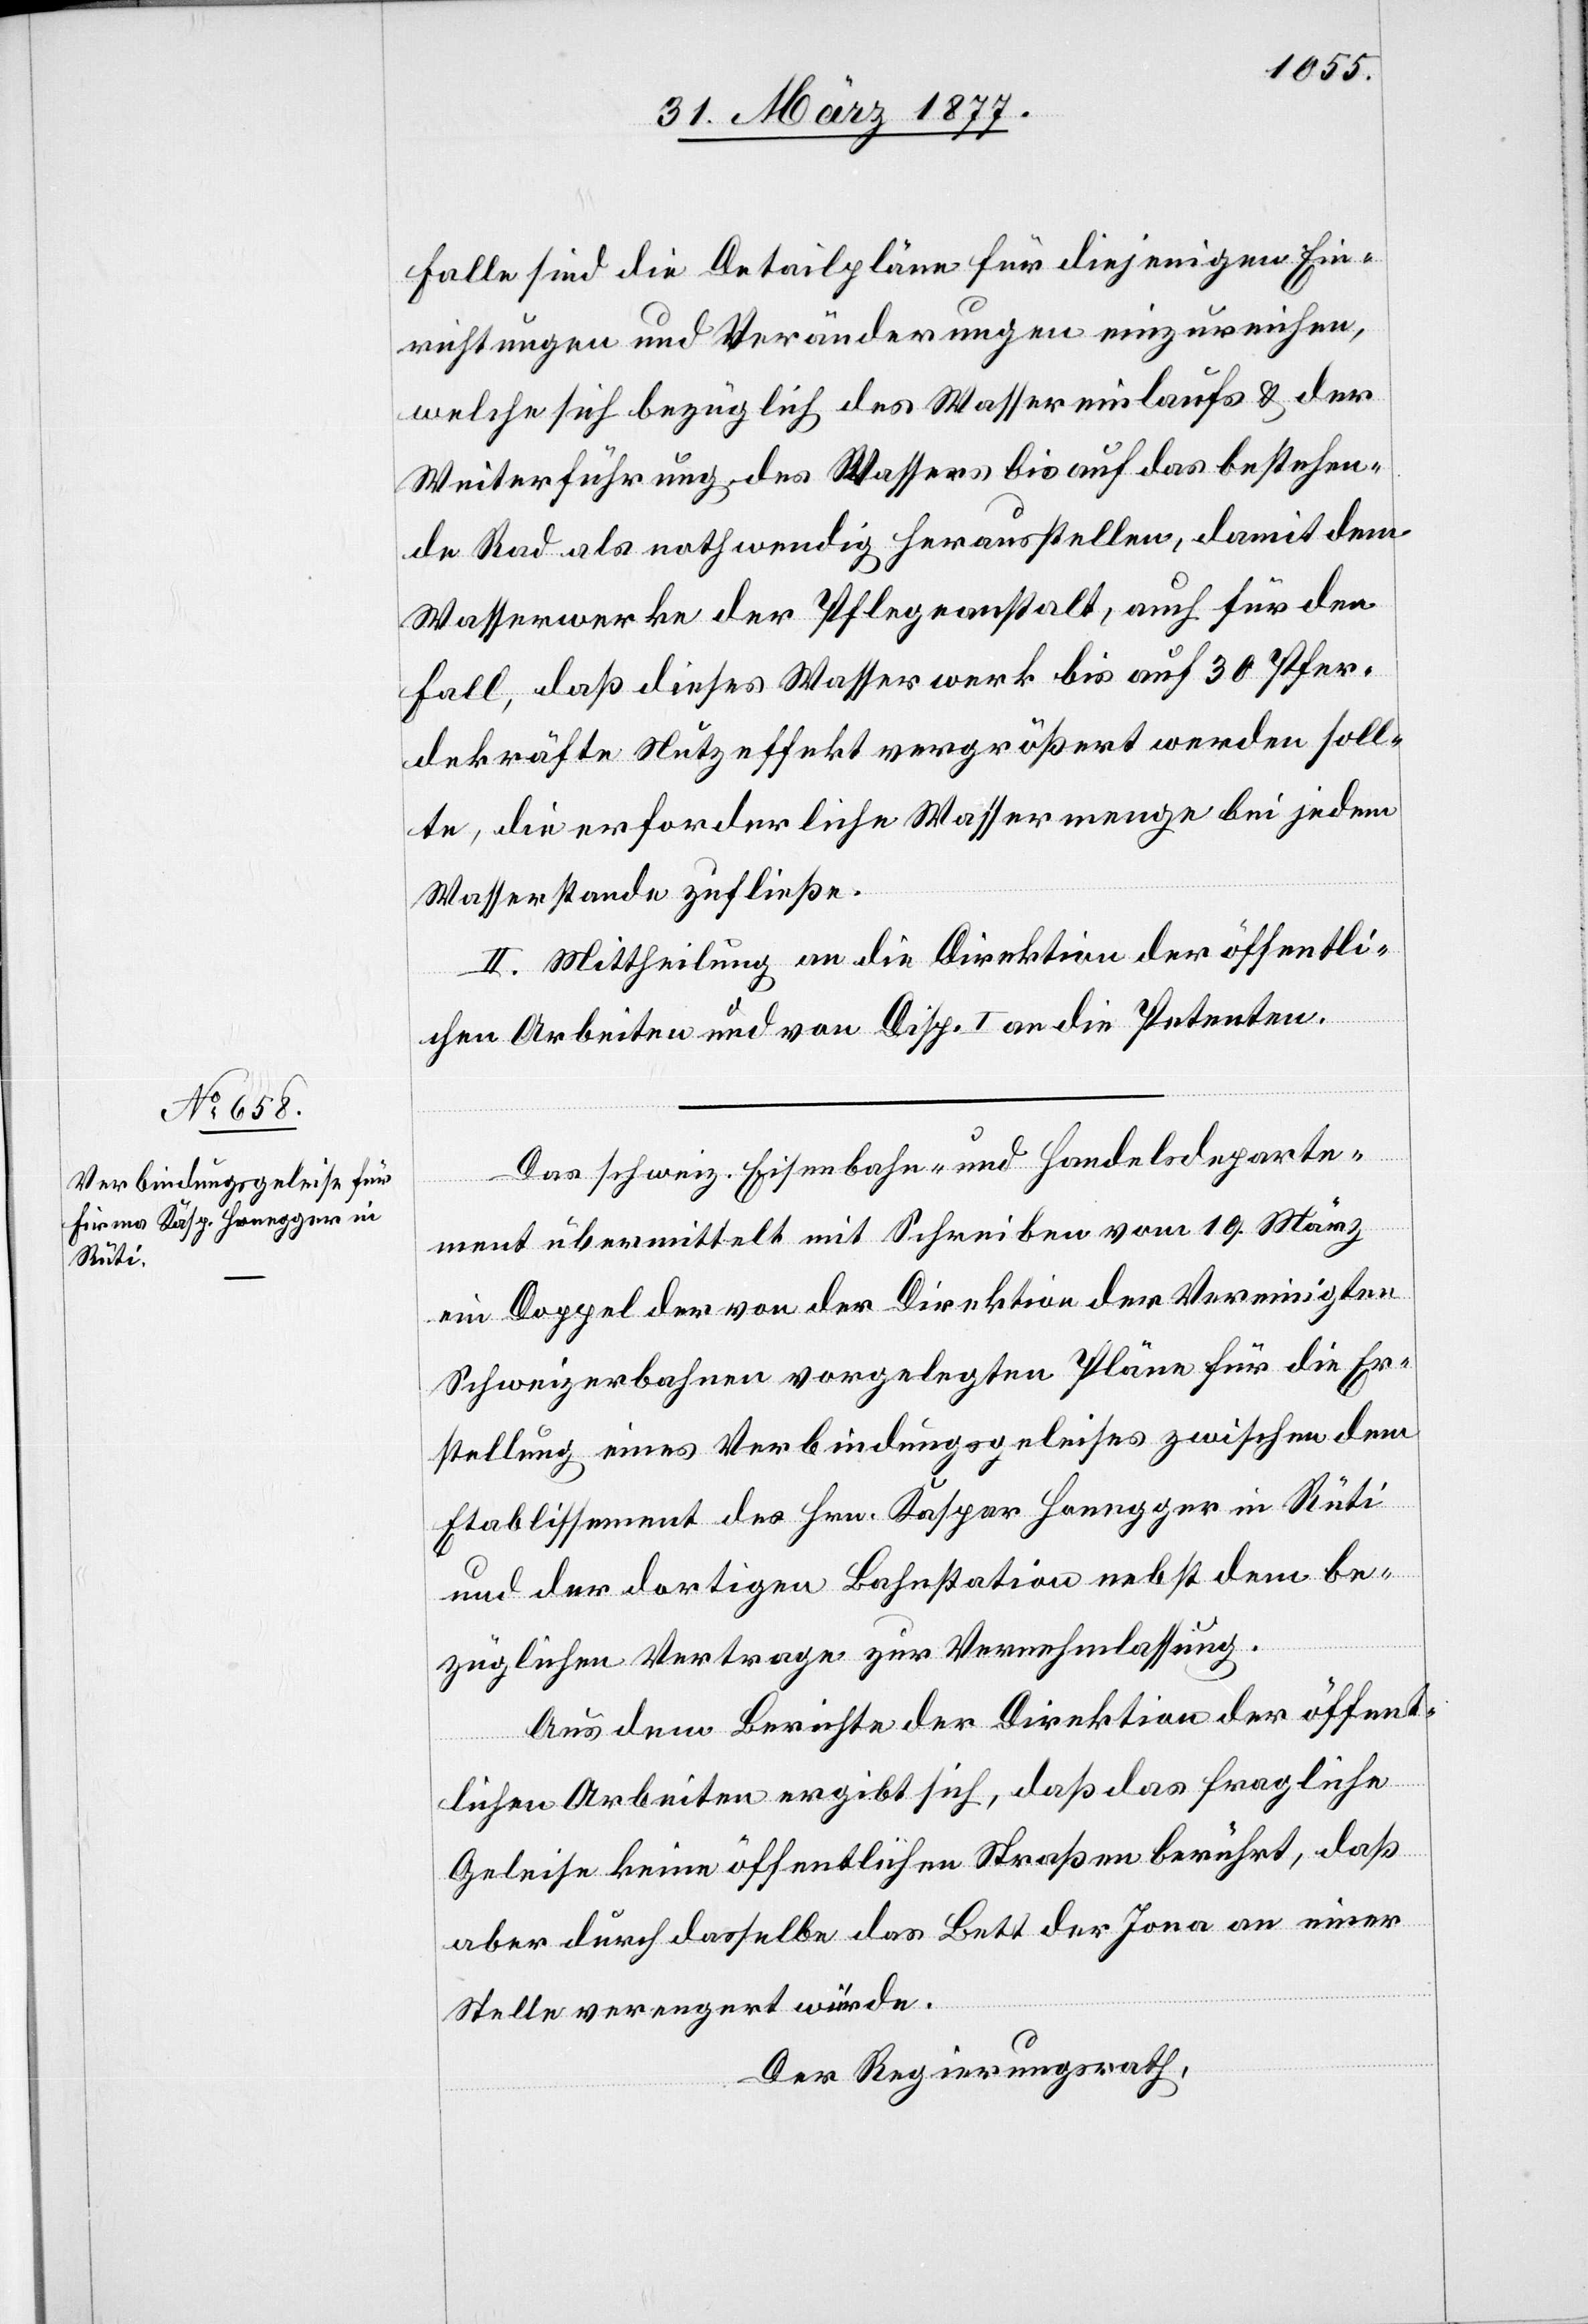
Falle sind die Detailpläne für diejenigen Ein¬
richtungen und Veränderungen einzureichen,
welche sich bezüglich des Wassereinlaufs & der
Weiterführung des Wassers bis auf das bestehen¬
de Rad als nothwenig herausstellen, damit dem
Wasserwerke der Pflegeanstalt, auch für den
Fall, daß dieses Wasserwerk bis auf 30 Pfer¬
dekräfte Nutzeffekt vergrößert werden soll¬
te, die erforderliche Wassermenge bei jedem
Wasserstande zufließe.
II. Mittheilung an die Direktion der öffentli¬
chen Arbeiten und von Disp. I an die Petenten.
Das schweiz. Eisenbahn- und Handelsdeparte¬
ment übermittelt mit Schreiben vom 19. März
ein Doppel der von der Direktion der Vereinigten
Schweizerbahnen vorgelegten Pläne für die Er¬
stellung eines Verbindungsgeleises zwischen dem
Etablissement des Hrn. Kaspar Honegger in Rüti
und der dortigen Bahnstation nebst dem be¬
züglichen Vertrage zur Vernehmlassung.
Aus dem Berichte der Direktion der öffent¬
lichen Arbeiten ergibt sich, daß das fragliche
Geleise keine öffentlichen Straßen berührt, daß
aber durch dasselbe das Bett der Jona an einer
Stelle verengert würde.
Der Regierungsrath,